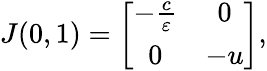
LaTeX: \begin{array}{r}{J(0,1)=\left[{\begin{array}{cc}{-\frac{c}{\varepsilon}}&{0}\\ {0}&{-u}\end{array}}\right],}\end{array}